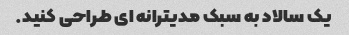
یک سالاد به سبک مدیترانه ای طراحی کنید.